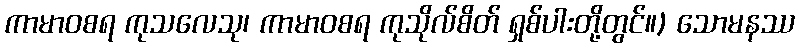
ကာမာဝစရ ကုသလေသု၊ ကာမာဝစရ ကုသိုလ်စိတ် ရှစ်ပါးတို့တွင်။) သောမနဿ